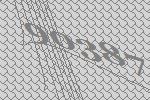
90387